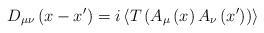
\begin{align*}D_{\mu \nu }\left( x-x^{\prime }\right) =i\left\langle T\left( A_{\mu}\left( x\right) A_{\nu }\left( x^{\prime }\right) \right) \right\rangle\end{align*}